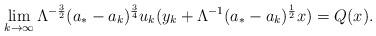
LaTeX: \begin{align*} \lim_{k\to\infty}\Lambda^{-\frac{3}{2}}(a_{*}-a_{k})^{\frac{3}{4}}u_{k}(y_k+\Lambda^{-1}(a_{*}-a_{k})^{\frac{1}{2}}x) = Q(x).\end{align*}